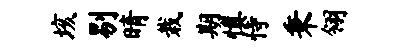
垓剔晴栽期慎恃秉翎